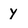
Character: Y